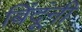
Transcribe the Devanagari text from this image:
बिंदूंनी